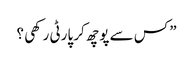
” کس سے پوچھ کر پارٹی رکھی ؟